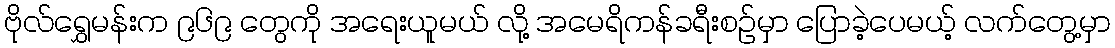
ဗိုလ်ရွှေမန်းက ၉၆၉ တွေကို အရေးယူမယ် လို့ အမေရိကန်ခရီးစဉ်မှာ ပြောခဲ့ပေမယ့် လက်တွေ့မှာ